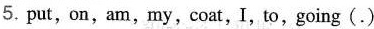
5. put,on,am,my,coat,I,to,going(.)